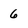
Character: 6